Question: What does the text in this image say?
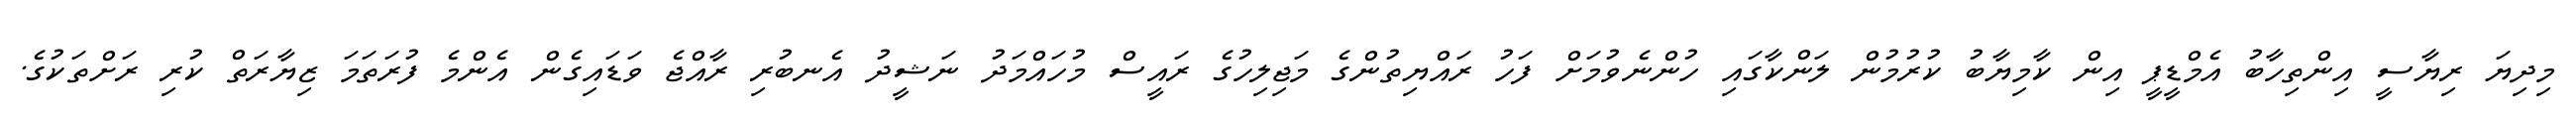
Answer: މިދިޔަ ރިޔާސީ އިންތިހާބު އެމްޑީޕީ އިން ކާމިޔާބު ކުރުމުން ލަންކާގައި ހުންނެވުމަށް ފަހު ރައްޔިތުންގެ މަޖިލިހުގެ ރައީސް މުހައްމަދު ނަޝީދު އެނބުރި ރާއްޖެ ވަޑައިގެން އެންމެ ފުރަތަމަ ޒިޔާރަތް ކުރި ރަށްތަކުގެ.